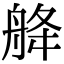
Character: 舽